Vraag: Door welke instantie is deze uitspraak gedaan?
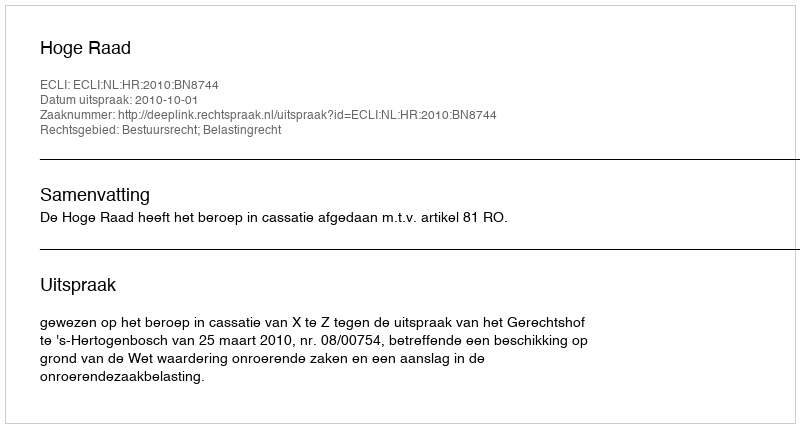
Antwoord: Hoge Raad